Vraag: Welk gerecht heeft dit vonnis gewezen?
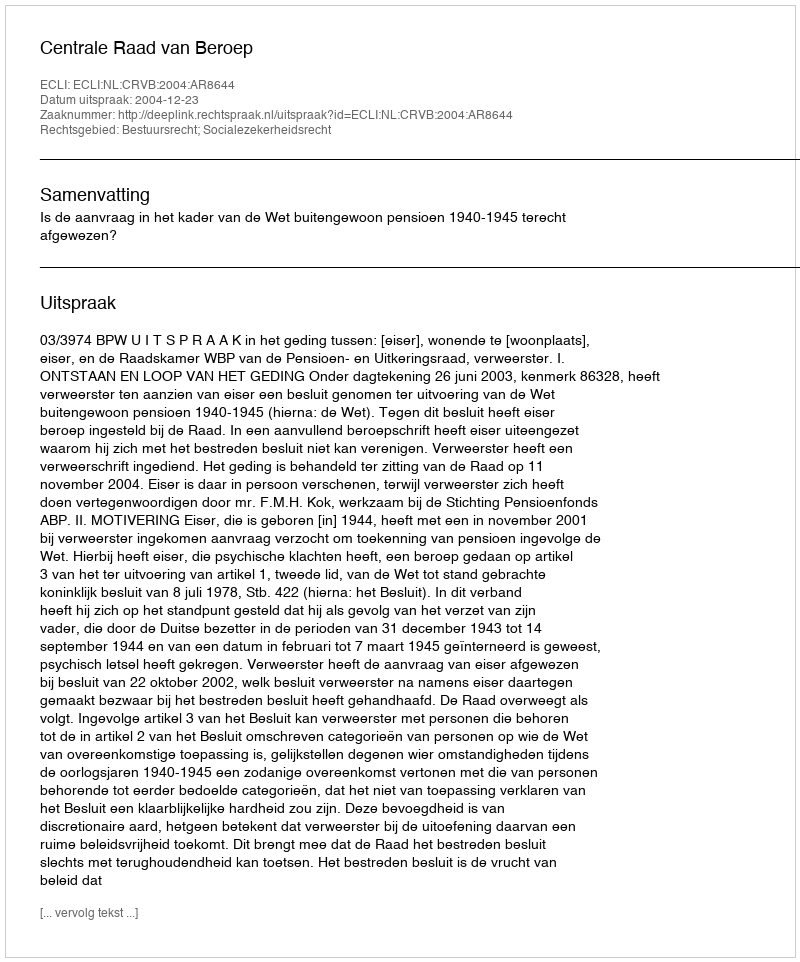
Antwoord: Centrale Raad van Beroep